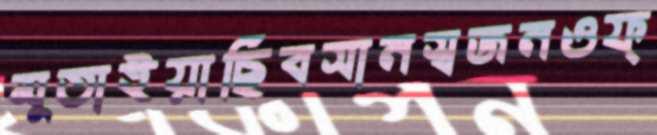
মুতাইয়াছিবসানস্বজনওফ্